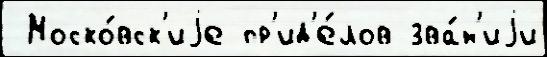
 Моско́вск'иjе пр'ид'е́лов зва́н'иjи